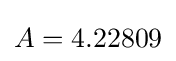
A=4.22809